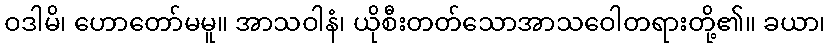
ဝဒါမိ၊ ဟောတော်မမူ။ အာသဝါနံ၊ ယိုစီးတတ်သောအာသဝေါတရားတို့၏။ ခယာ၊